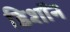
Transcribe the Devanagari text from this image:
डिशॉन